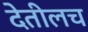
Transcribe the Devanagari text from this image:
देतीलच